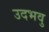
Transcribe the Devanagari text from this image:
उदभवु